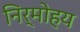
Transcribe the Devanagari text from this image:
निर्मोहय